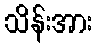
သိန်းအား